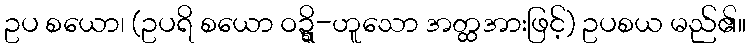
ဥပ စယော၊ (ဥပရိ စယော ဝဍ္ဍ္ဎိ-ဟူသော အတ္ထအားဖြင့်) ဥပစယ မည်၏။